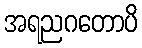
အရညဂတောပိ